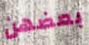
بعضهن